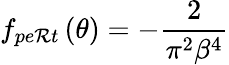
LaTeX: f_{pe\mathcal{R}t}\left(\theta\right)=-\frac{{2}}{{\pi^{2}\beta^{4}}}